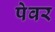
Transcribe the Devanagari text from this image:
पेवर